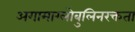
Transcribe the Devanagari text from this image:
अगामाग्लोबुलिनरक्तता